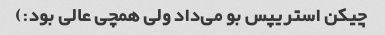
چیکن استریپس بو می‌داد ولی همچی عالی بود:)